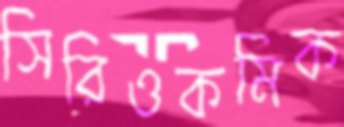
সিরিওকমিক